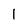
Character: 1